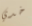
خدي